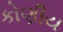
કોણીય